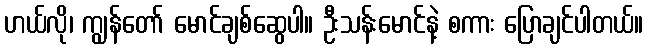
ဟယ်လို၊ ကျွန်တော် မောင်ချစ်ဆွေပါ။ ဦးသန်းမောင်နဲ့ စကား ပြောချင်ပါတယ်။